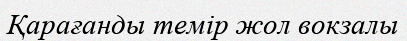
Қарағанды темір жол вокзалы